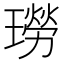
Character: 𤩂